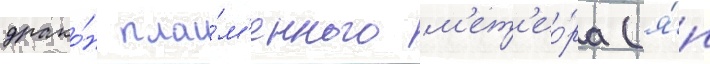
драко́н пла́м'енного м'ет'ео́ра (я́п